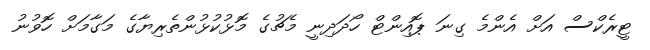
ޓީރެކްސް އަށް އެންމެ ގިނަ ޕޮއިންޓް ހޯދަދިނީ މެޗުގެ މޮޅުކުޅުންތެރިޔާގެ މަގާމަށް ހޮވުނު